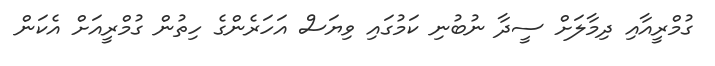
ގުމްރީއާއި ދިމާލަށް ސީދާ ނުބުނި ކަމުގައި ވިޔަސް އަހަރެންގެ ހިތުން ގުމްރީއަށް އެކަން